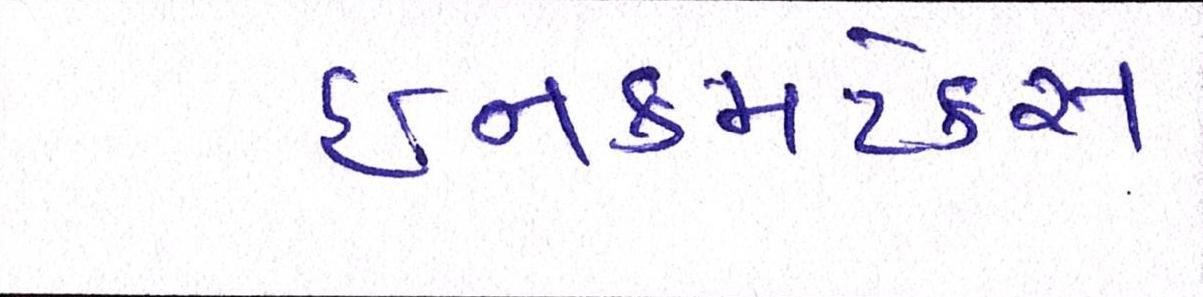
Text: ઈનકમટેક્સ